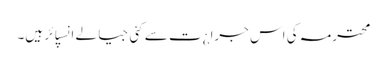
محترمہ کی اس جرا¿ت سے کئی جیالے انسپائر ہیں۔